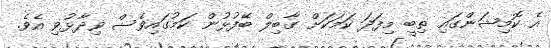
އެ ކޮމިޝަންގައި ތިބީ މިފަދަ ކަމަކަށް ގާބިލް ބޭފުޅުން ކަމުގައިވެސް ވިދާޅުވި އެވެ.